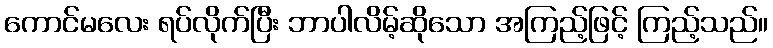
ကောင်မလေး ရပ်လိုက်ပြီး ဘာပါလိမ့်ဆိုသော အကြည့်ဖြင့် ကြည့်သည်။